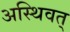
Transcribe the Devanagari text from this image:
अस्थिवत्